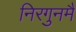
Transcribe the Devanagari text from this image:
निरगुनमैं